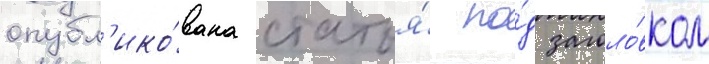
опубл'ико́вана статья́ по́д заголо́вком